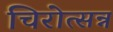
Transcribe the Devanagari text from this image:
चिरोत्सन्न